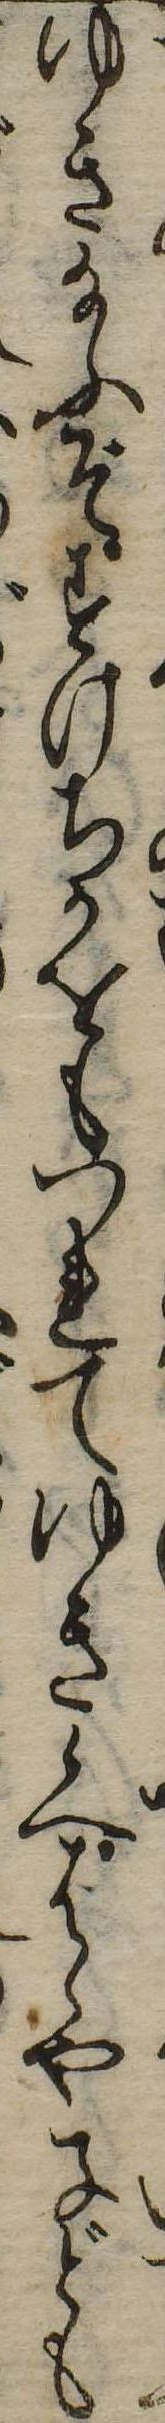
ゆき給ふぞすけちかをもつれてゆき候へはゝや子ども